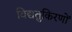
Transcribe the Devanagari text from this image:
विद्यतुकिरणों